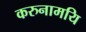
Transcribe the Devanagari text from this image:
करुनामयि